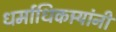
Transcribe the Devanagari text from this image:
धर्माधिकार्‍यांनीं